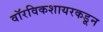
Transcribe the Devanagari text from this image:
वॉरविकशायरकडून